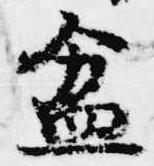
盆